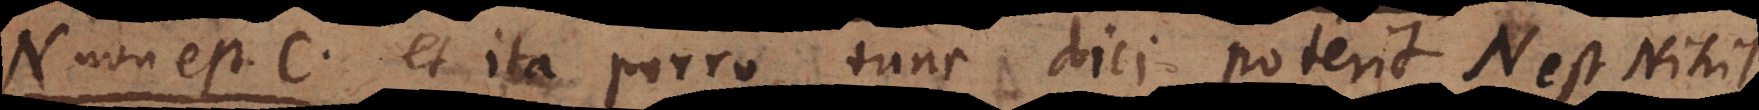
N non est C, et ita porro, tunc dici poterit N est Nihil